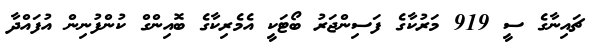
ޗައިނާގެ ސީ 919 މަރުކާގެ ފަސިންޖަރު ބޯޓަކީ އެމެރިކާގެ ބޮއިންގް ކުންފުނިން އުފައްދާ